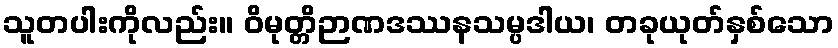
သူတပါးကိုလည်း။ ဝိမုတ္တိဉာဏဒဿနသမ္ပဒါယ၊ တခုယုတ်နှစ်သော